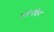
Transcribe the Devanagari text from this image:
पोलीनीशिया